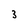
Character: 3